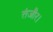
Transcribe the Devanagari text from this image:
तंजौर।